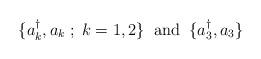
LaTeX: \begin{align*}\{a_k^{\dagger} , a_k \; ; \; k=1,2 \} \;\;\mbox{and}\;\;\{ a_3^{\dagger}, a_3\}\end{align*}